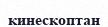
кинескоптан